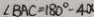
\angle B A C = 1 8 0 ^ { \circ } - 4 a